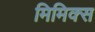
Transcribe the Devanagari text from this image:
मिमिक्स